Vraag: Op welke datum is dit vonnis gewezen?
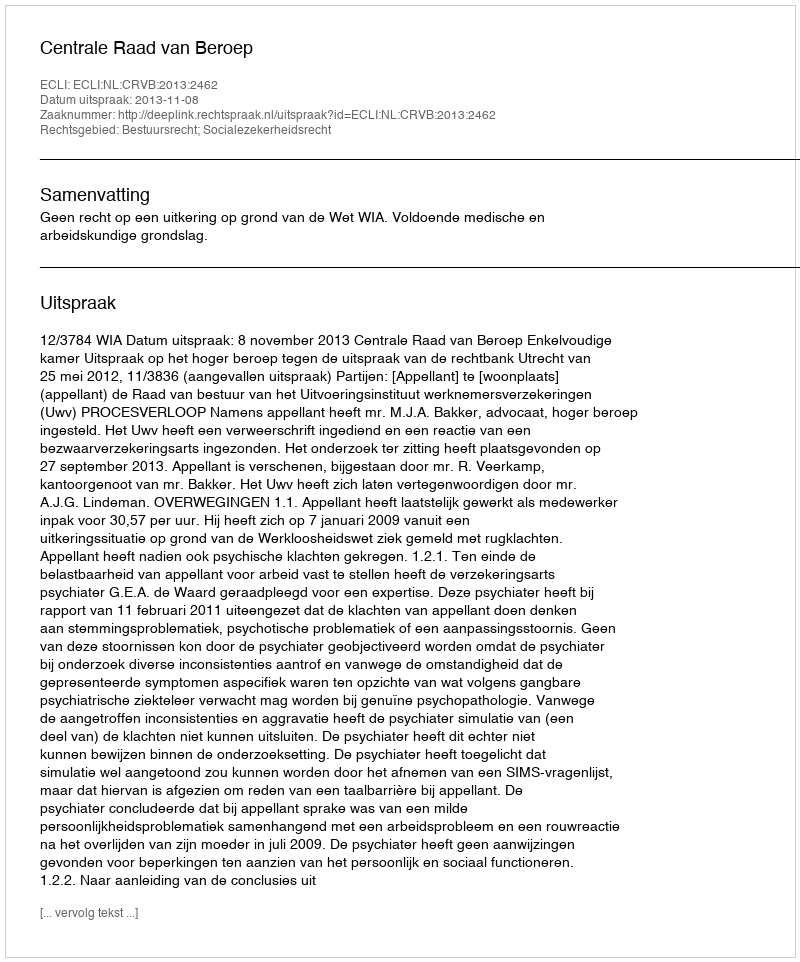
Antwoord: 2013-11-08